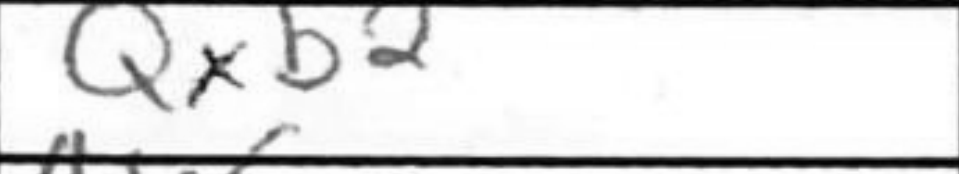
Transcription: Qxb2